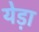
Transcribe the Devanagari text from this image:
येड़ा